Civil Veterinary Department. Madras. Admin. report 1926-33 - 1926-1933
Year: 1926
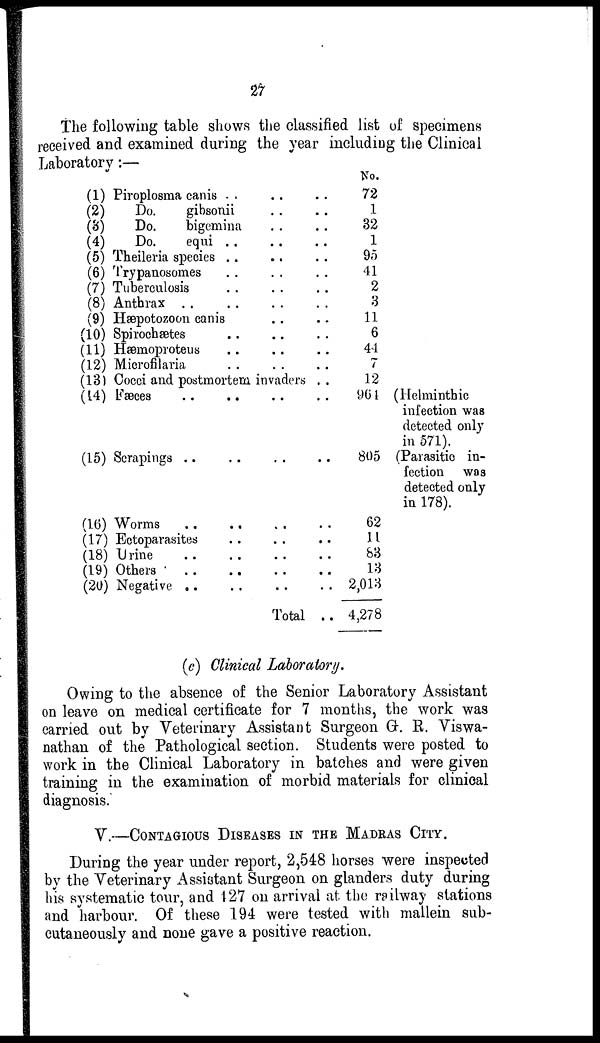
27
The following table shows the classified list of specimens
received and examined during the year including the Clinical
Laboratory:—
(1) Piroplosma canis
(2)
Do.
gibsonii
(3)
Do.
bigemina
(4)
Do.
equi
(5) Theileria species
(6) Trypanosomes
(7) Tuberculosis
(8) Anthrax ..
(9) Hæpotozoon canis
(10) Spirochætes
(11) Hæmoproteus
(12) Microfilaria
(13) Cocci and postmortem invaders
.. (14) Fæces ..
..
(15) Scrapings ..
(16) Worms
(17) Ectoparasites
(18) Urine ..
(19) Others
(20) Negative ..
Total
No.
72
1
32
1
95
41
2
3
11
6
44
7
12
964
805
62
11
83
13
2,013
4,278
(Helminthic
infection was
detected only
in 571).
(Parasitic in-
fection was
detected only
in 178).
(c) Clinical Laboratory.
Owing to the absence of the Senior Laboratory Assistant
on leave on medical certificate for 7 months, the work was
carried out by Veterinary Assistant Surgeon G. R. Viswa-
nathan of the Pathological section. Students were posted to
work in the Clinical Laboratory in batches and were given
training in the examination of morbid materials for clinical
diagnosis.
V.—CONTAGIOUS DISEASES IN THE MADRAS CITY.
During the year under report, 2,548 horses were inspected
by the Veterinary Assistant Surgeon on glanders duty during
his systematic tour, and 127 on arrival at the railway stations
and harbour. Of these 194 were tested with mallein sub-
eutaneously and none gave a positive reaction.